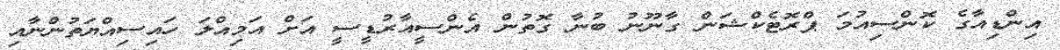
އިންޑިއާގެ ކޮންސިއުމަ ޕްރޮޓެކްޝަން ގާނޫނު ބުނާ ގޮތުން އެންސީއާރުޑީސީ އަށް އަމިއްލަ ހައިސިއްޔަތުންނާއި